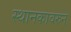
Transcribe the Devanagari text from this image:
स्थानकावरुन